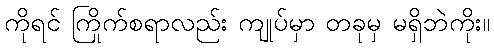
ကိုရင် ကြိုက်စရာလည်း ကျုပ်မှာ တခုမှ မရှိဘဲကိုး။